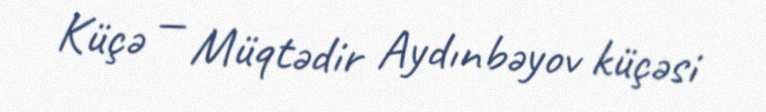
Küçə — Müqtədir Aydınbəyov küçəsi